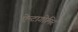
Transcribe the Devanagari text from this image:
ऐन्टागोमिर